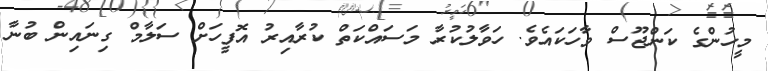
މީހުންގެ ކަންޖޫސް ވާހަކައެވެ. ހަވާލުކުރާ މަސައްކަތް ކުރާއިރު އޮފީހަށް ސަލާމް ގިނައިން ބުނާ